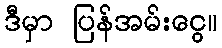
ဒီမှာ ပြန်အမ်းငွေ။